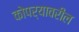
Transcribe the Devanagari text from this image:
कोपर्‍यावरील